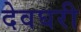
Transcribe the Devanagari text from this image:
देवघरी